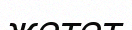
жетет